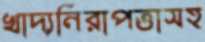
খাদ্যনিরাপত্তাসহ